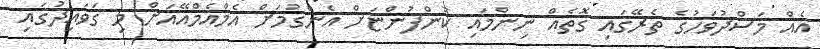
އެއް މަސްދުވަހުގެ ތެރޭގައި ގޮތެއް ނިންްމައި ކުންފުންޏަށް އެންގުމަށް އެމްއެމްއޭއަށް މި ގަަވައިދުގައި